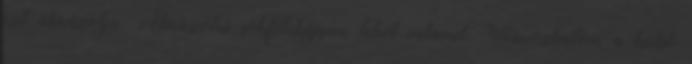
ezt ábrázolja. Ábrázolni sokféleképpen lehet valamit. Utánozhatom a külső